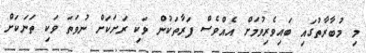
މި މުބާރާތުގައި ބައިވެރިވުމަށް އެއްވެސް ފަރާތަކުން ވަކި ރަށަކަށް ނުވަތަ ވަކި ތަނަކަށް